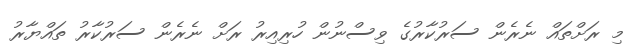
މި ރަށްތައް ނެރެން ސަރުކާރުގެ ވިސްނުން ހުރިއިރު ރަށް ނެރެން ސަރުކާރު ތައްޔާރު